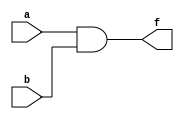
module simpleand (f, a, b);
    input a,b;
    output f;
    assign f = a&b;
endmodule